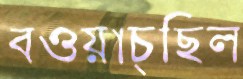
বওয়াচ্ছিল